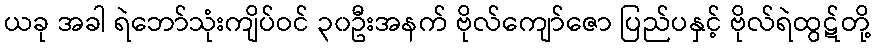
ယခု အခါ ရဲဘော်သုံးကျိပ်ဝင် ၃၀ဦးအနက် ဗိုလ်ကျော်ဇော ပြည်ပနှင့် ဗိုလ်ရဲထွဋ်တို့